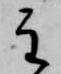
主